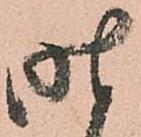
昨